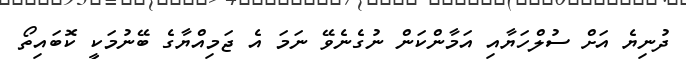
ދުނިޔެ އަށް ސުލްހަޔާއި އަމާންކަން ނުގެނެވޭ ނަމަ އެ ޖަމިއްޔާގެ ބޭނުމަކީ ކޮބައިތޯ